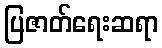
ပြဇာတ်ရေးဆရာ